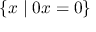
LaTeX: \{ x \mid 0 x = 0 \}